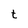
Character: t